Annual report on the health of the army in India
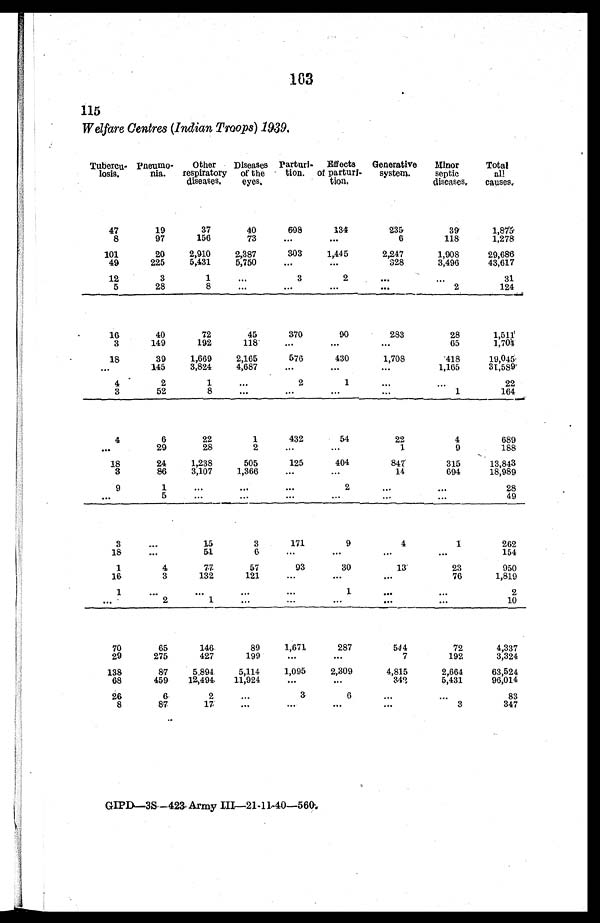
163
115
Welfare Centres (Indian Troops) 1939.
Tubercu
¬losis.
Pneumo
¬nia.
Other
respiratory
diseases.
Diseases
of the
eyes.
Parturi
¬tion.
Effects
of parturi
¬tion.
Generative
system.
Minor
septic
diseases.
Total
all
causes.
47
19
37
40
698
134
2 3 5
39
1,875
8
97
156
73
...
. . .
6
118
1,278
101
20
2,910
2,387
303
1,445
2,247
1,908
29,686
49
225
5,431
5,750
...
...
328
3,496
43,617
12
3
1
...
3
2
...
...
31
5
28
8
...
...
...
. . .
2
124
16
40
72
45
370
90
283
28
1,511
3
149
192
118
...
...
...
65
1, 704
18
39
1,669
2,165
576
430
1,708
418
19,045
...
145
3,824
4,687
...
...
1,165
31,589
4
2
1
...
2
1
...
...
22
3
52
8
...
...
. . .
...
1
164
4
6
22
1
432
54
22
4
689
...
29
28
2
...
...
1
9
188
18
24
1,238
505
125
404
847
315
13,843
3
86
3,107
1,366
...
...
14
694
18,989
9
1
...
...
...
2
...
...
28
. . .
5
...
...
...
...
...
...
49
3
...
15
3
171
9
4
1
262
18
...
51
6
. . .
. . .
...
. . .
154
1
4
77
57
93
30
13
23
950
16
3
132
121
...
...
...
76
1,819
1
. . .
...
. . .
. . . .
1
. . .
...
2
...
2
1
. . .
...
. . .
. . .
...
10
70
65
146
89
1,671
287
544
72
4,337
29
275
427
199
...
...
7
192
3,324
138
87
5.894.
5,114
1,095
2,309
4,815
2,664
63,524
68
459
12,494
11,921
...
...
3 4 2
5,431
96,014
26
6
2
...
3
6
....
...
83
8
87
17
...
...
...
...
3
347
GIPD—3S ——423 Army III—21-11-40—560.